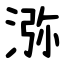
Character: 㳽